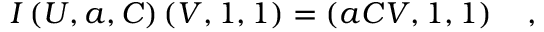
I \left( U , a , C \right) \left( V , 1 , 1 \right) = \left( a C V , 1 , 1 \right) \quad ,